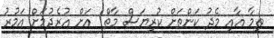
ތިމާ އާއި މެދު ކަންތަށް ކުރިޔަސް މާތް  އަށް އުރެދުމަށް އަމުރު